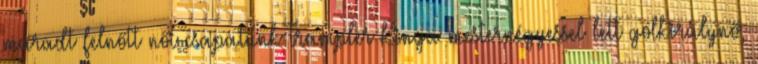
maradt felnőtt női csapatunk Trampler Kinga mesternégyessel lett gólkirálynő,